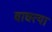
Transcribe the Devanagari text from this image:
वाचत्या